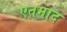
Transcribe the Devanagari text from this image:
एतमाद